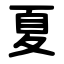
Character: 夏